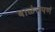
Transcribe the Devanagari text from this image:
बाळंतपणं